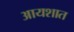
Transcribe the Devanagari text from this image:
आयशात